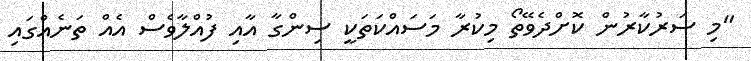
"މި ސަރުކާރުން ކޮށްދެވޭތޯ މިކުރާ މަސައްކަތަކީ ސިންގާ އާއި ފުއްލާވެސް އެއް ތަނެއްގައި